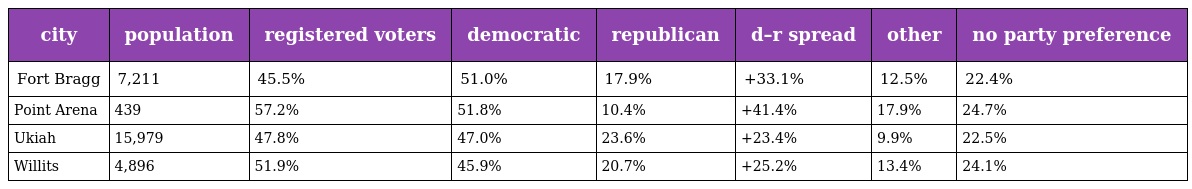
| city | population | registered voters | democratic | republican | d–r spread | other | no party preference |
 | --- | --- | --- | --- | --- | --- | --- | --- |
 | Fort Bragg | 7,211 | 45.5% | 51.0% | 17.9% | +33.1% | 12.5% | 22.4% |
 | Point Arena | 439 | 57.2% | 51.8% | 10.4% | +41.4% | 17.9% | 24.7% |
 | Ukiah | 15,979 | 47.8% | 47.0% | 23.6% | +23.4% | 9.9% | 22.5% |
 | Willits | 4,896 | 51.9% | 45.9% | 20.7% | +25.2% | 13.4% | 24.1% |